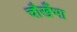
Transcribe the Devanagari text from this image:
चौखँभा